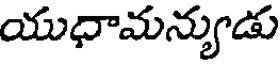
యుధామన్యుడు